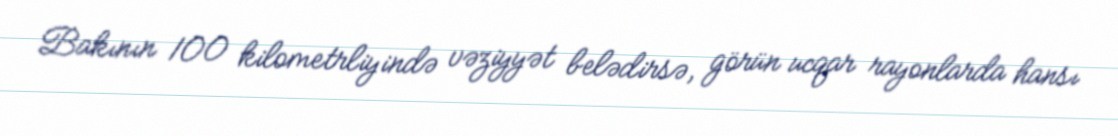
Bakının 100 kilometrliyində vəziyyət belədirsə, görün ucqar rayonlarda hansı